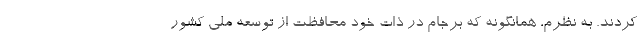
کردند. به نظرم، همانگونه که برجام در ذات خود محافظت از توسعه ملی کشور